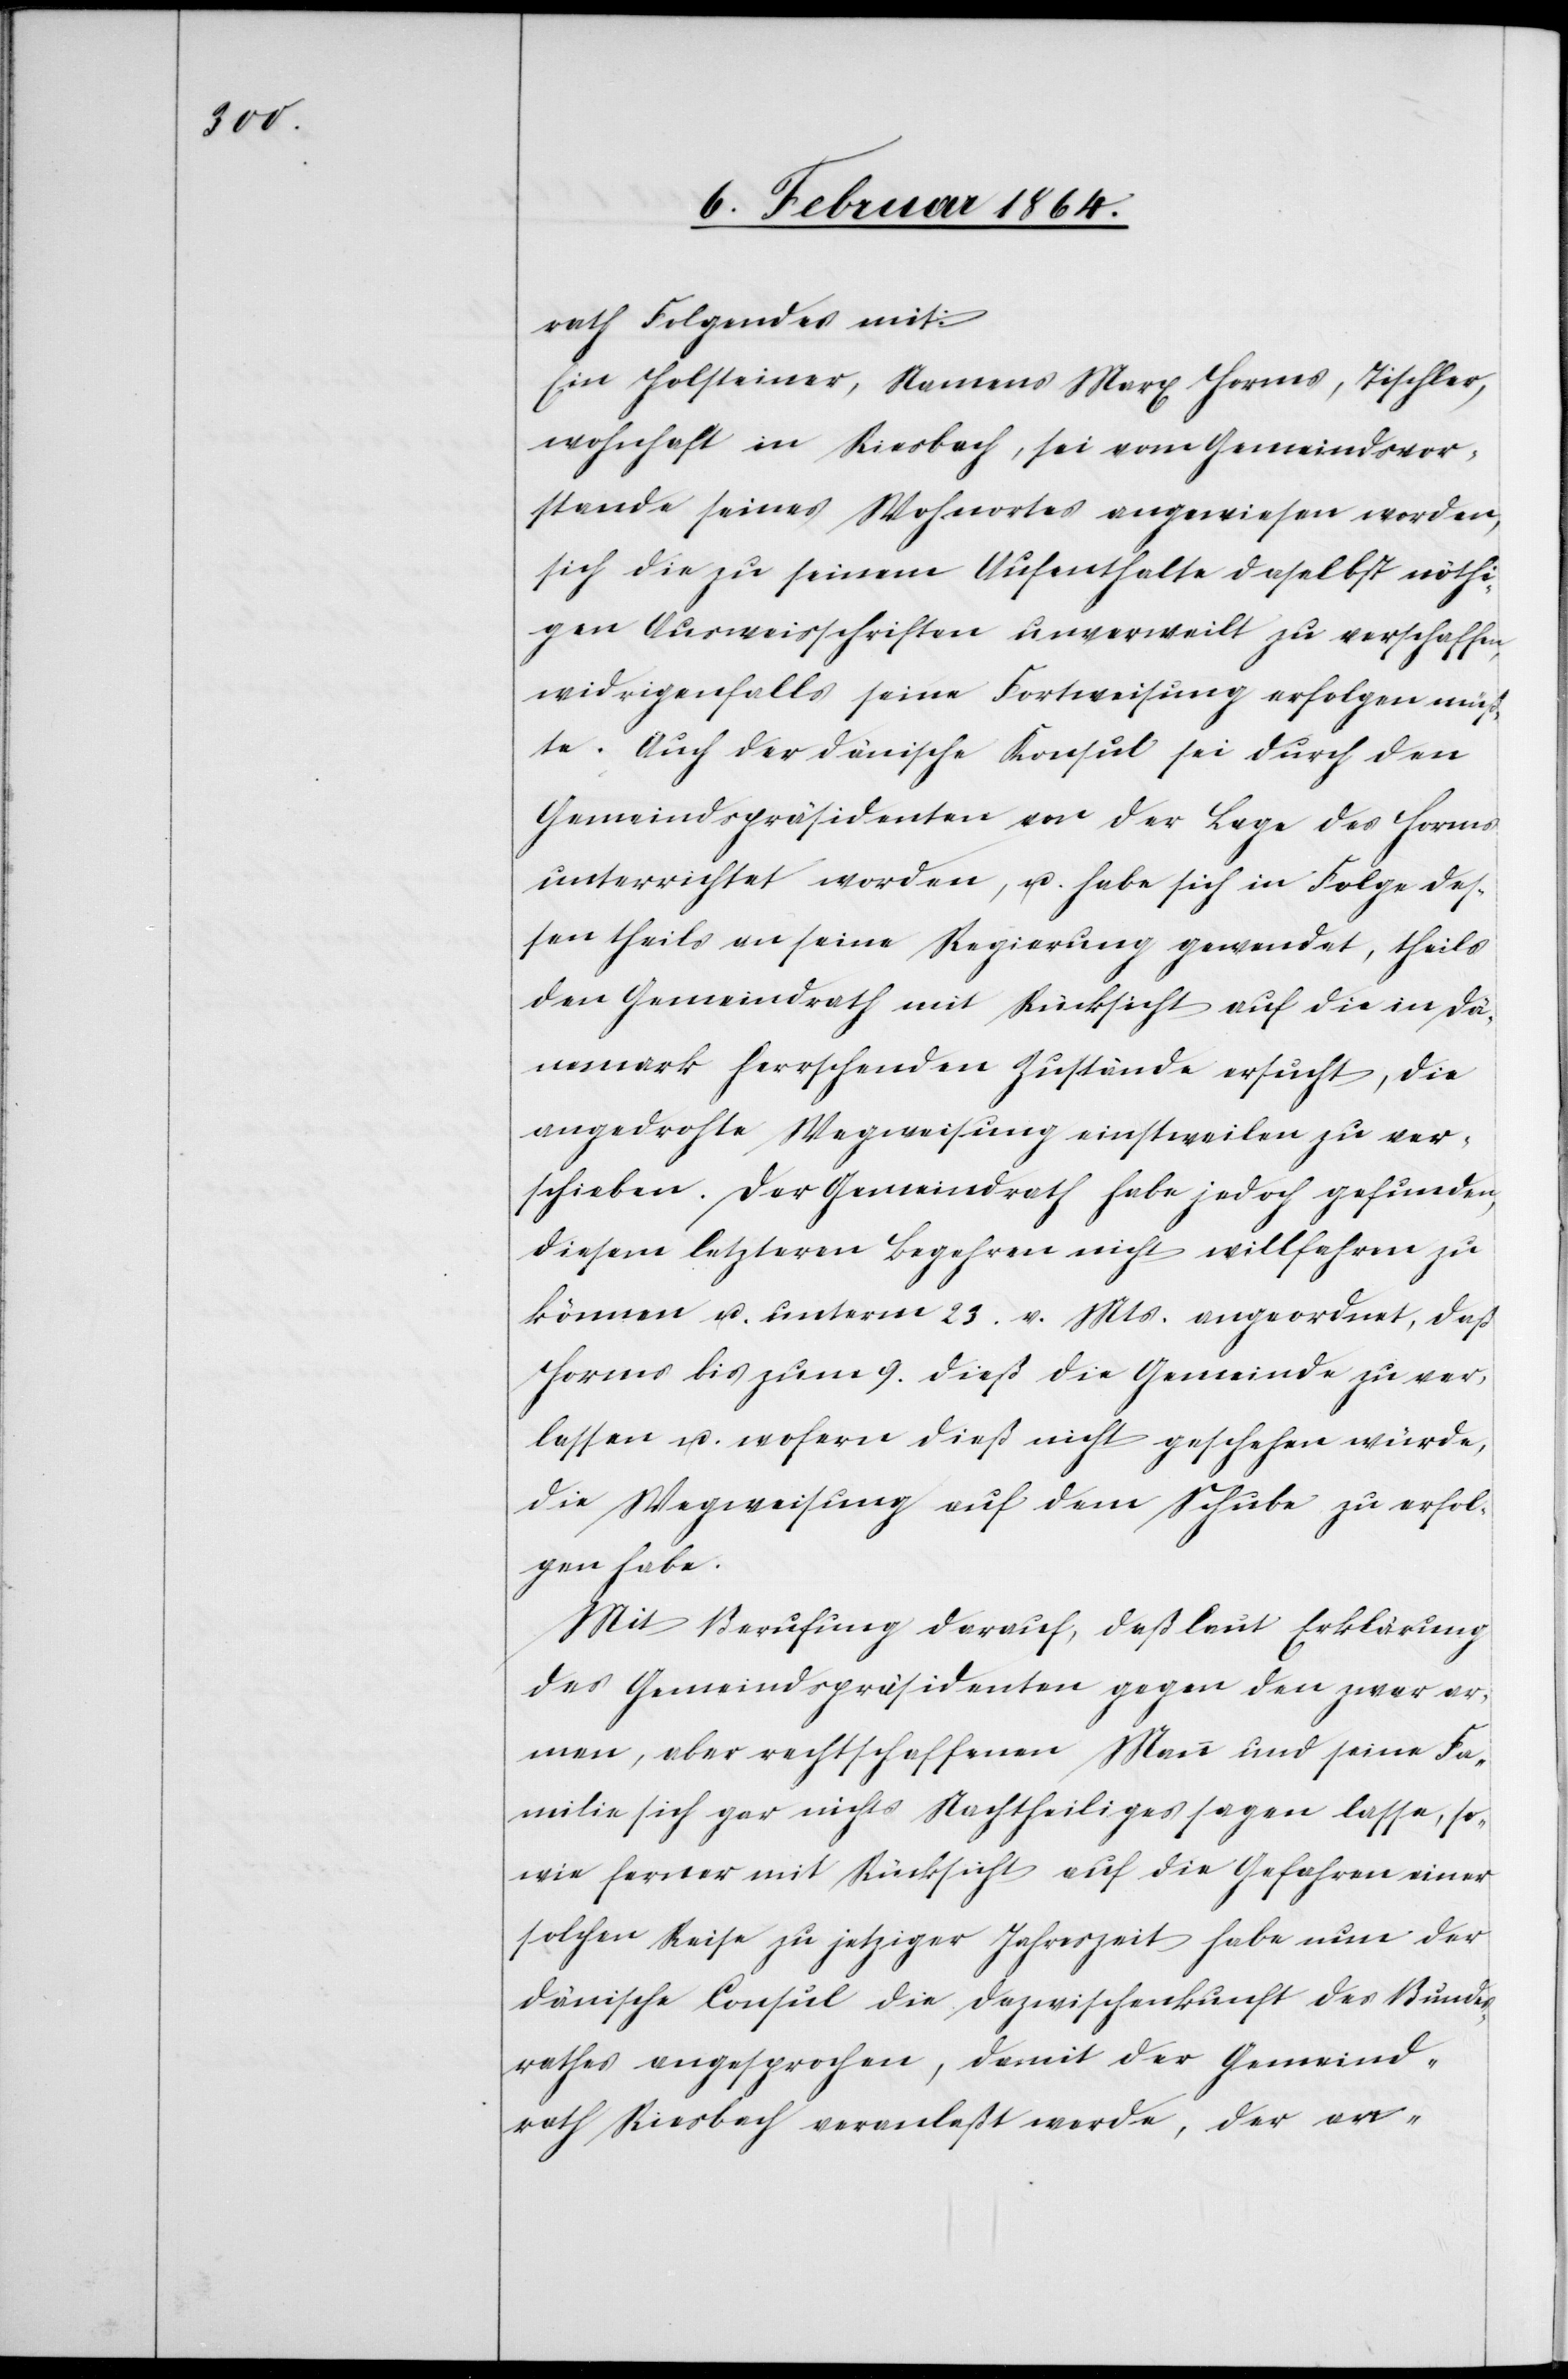
rath Folgendes mit:
Ein Holsteiner, Namens Marx Horms, Tischler,
wohnhaft in Riesbach, sei vom Gemeindsvor¬
stande seines Wohnortes angewiesen worden,
sich die zu seinem Aufenthalte daselbst nöthi¬
gen Ausweisschriften unverweilt zu verschaffen,
widrigenfalls seine Fortweisung erfolgen müß¬
te. Auch der dänische Konsul sei durch den
Gemeindspräsidenten von der Lage des Horms
unterrichtet worden, u. habe sich in Folge des¬
sen theils an seine Regierung gewendet, theils
den Gemeindrath mit Rücksicht auf die in Dä¬
nemark herrschenden Zustände ersucht, die
angedrohte Wegweisung einstweilen zu ver¬
schieben. Der Gemeindrath habe jedoch gefunden,
diesem letzteren Begehren nicht willfahren zu
können u. unterm 23. v. Mts. angeordnet, daß
Horms bis zum 9. dieß die Gemeinde zu ver¬
lassen u. wofern dieß nicht geschehen würde,
die Wegweisung auf dem Schube zu erfol¬
gen habe.
Mit Berufung darauf, daß laut Erklärung
des Gemeindspräsidenten gegen den zwar ar¬
men, aber rechtschaffenen Mann und seine Fa¬
milie sich gar nichts Nachtheiliges sagen lasse, so¬
wie ferner mit Rücksicht auf die Gefahren einer
solchen Reise zu jetziger Jahreszeit habe nun der
dänische Consul die Dazwischenkunft des Bundes¬
rathes angesprochen, damit der Gemeind¬
rath Riesbach veranlaßt werde, der an-